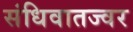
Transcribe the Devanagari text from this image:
संधिवातज्वर